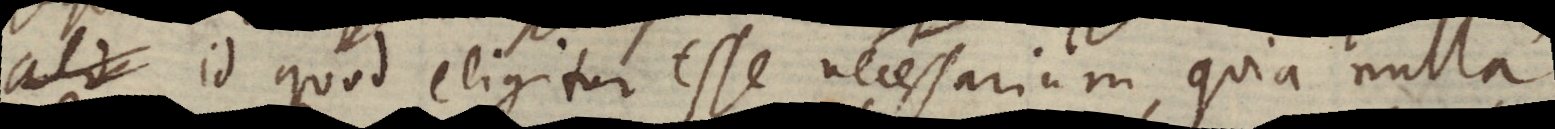
ali id quod eligitur esse necessarium, quia nulla